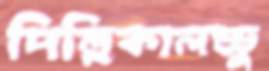
দিল্লিকালড্ডু